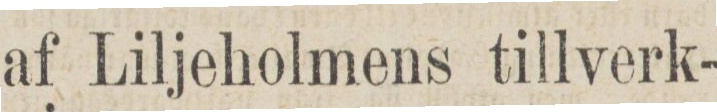
af Liljeholmens tillverk-